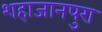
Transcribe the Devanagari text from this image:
शहाजानपुरा